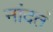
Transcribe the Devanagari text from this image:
नांदतं